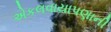
એકલવાયાપણાની